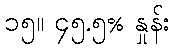
၁၅။ ၄၅.၅% နှုန်း